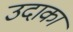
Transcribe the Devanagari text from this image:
उदाका